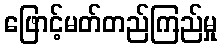
ဖြောင့်မတ်တည်ကြည်မှု